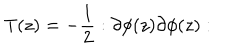
LaTeX: T ( z ) = - \frac { 1 } { 2 } : \partial \phi ( z ) \partial \phi ( z ) :